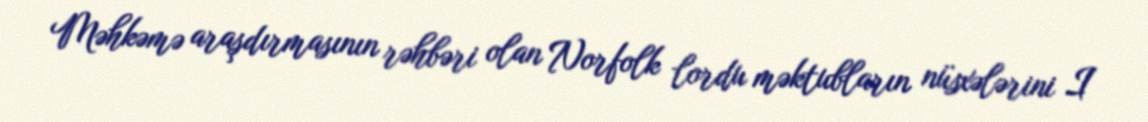
Məhkəmə araşdırmasının rəhbəri olan Norfolk lordu məktubların nüsxələrini I